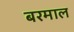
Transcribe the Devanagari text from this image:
बरमाल